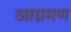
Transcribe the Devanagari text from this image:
आग्रमण